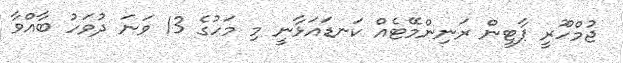
ޖުމްހޫރީ ޕާޓީން ރަނިންމޭޓެއް ކަނޑައަޅާނީ މި މަހުގެ 13 ވަނަ ދުވަހު ބާއްވާ